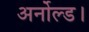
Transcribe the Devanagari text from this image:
अर्नोल्ड।